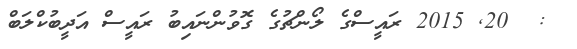
:  20